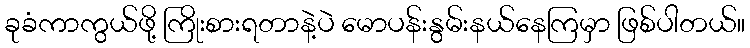
ခုခံကာကွယ်ဖို့ ကြိုးစားရတာနဲ့ပဲ မောပန်းနွမ်းနယ်နေကြမှာ ဖြစ်ပါတယ်။